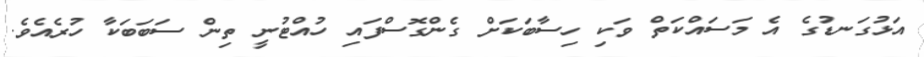
އަޅުގަނޑުގެ އެ މަސައްކަތް ވަކި ހިސާބަކަށް ގެންގޮސްފައި ހުއްޓުނީ ތިން ސަބަބަކާ ހުރެއެވެ.